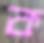
ক